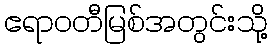
ဧရာဝတီမြစ်အတွင်းသို့